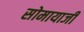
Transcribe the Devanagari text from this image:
सोमायाजी